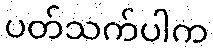
ပတ်သက်ပါက